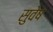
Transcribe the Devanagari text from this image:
सुवेष